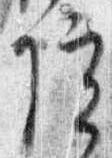
院